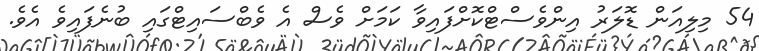
54 މިލިއަން ޑޮލަރު އިންވެސްޓްކޮށްފައިވާ ކަމަށް ވެސް އެ ވެބްސައިޓްގައި ބުނެފައިވެ އެވެ.